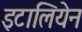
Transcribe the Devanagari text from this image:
इटालियेन